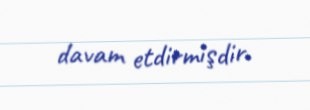
davam etdirmişdir.